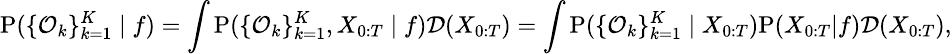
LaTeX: \small\mathrm{P}(\{ \mathcal{O}_{k}\} _{k=1}^{K}\mid f)=\int\mathrm{P}(\{ \mathcal{O}_{k}\} _{k=1}^{K},X_{0:T}\mid f)\mathcal{D}(X_{0:T})=\int\mathrm{P}(\{ \mathcal{O}_{k}\} _{k=1}^{K}\mid X_{0:T})\mathrm{P}(X_{0:T}|f)\mathcal{D}(X_{0:T}),